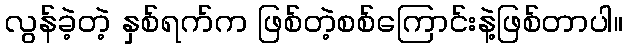
လွန်ခဲ့တဲ့ နှစ်ရက်က ဖြစ်တဲ့စစ်ကြောင်းနဲ့ဖြစ်တာပါ။